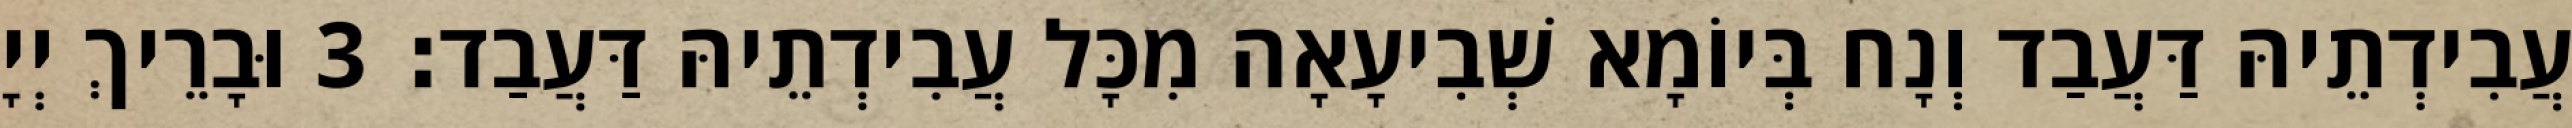
עֲבִידְתֵיהּ דַּעֲבַד וְנָח בְּיוֹמָא שְׁבִיעָאָה מִכָּל עֲבִידְתֵיהּ דַּעֲבַד׃ 3 וּבָרֵיךְ יְיָ